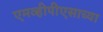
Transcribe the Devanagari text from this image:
एमव्हीपीएसाच्या